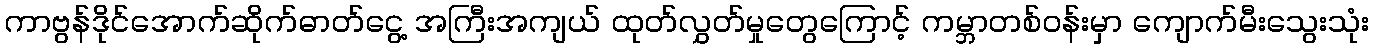
ကာဗွန်ဒိုင်အောက်ဆိုက်ဓာတ်ငွေ့ အကြီးအကျယ် ထုတ်လွှတ်မှုတွေကြောင့် ကမ္ဘာတစ်ဝန်းမှာ ကျောက်မီးသွေးသုံး